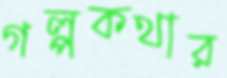
গল্পকথার